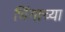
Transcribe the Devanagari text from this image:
भिंगाच्या